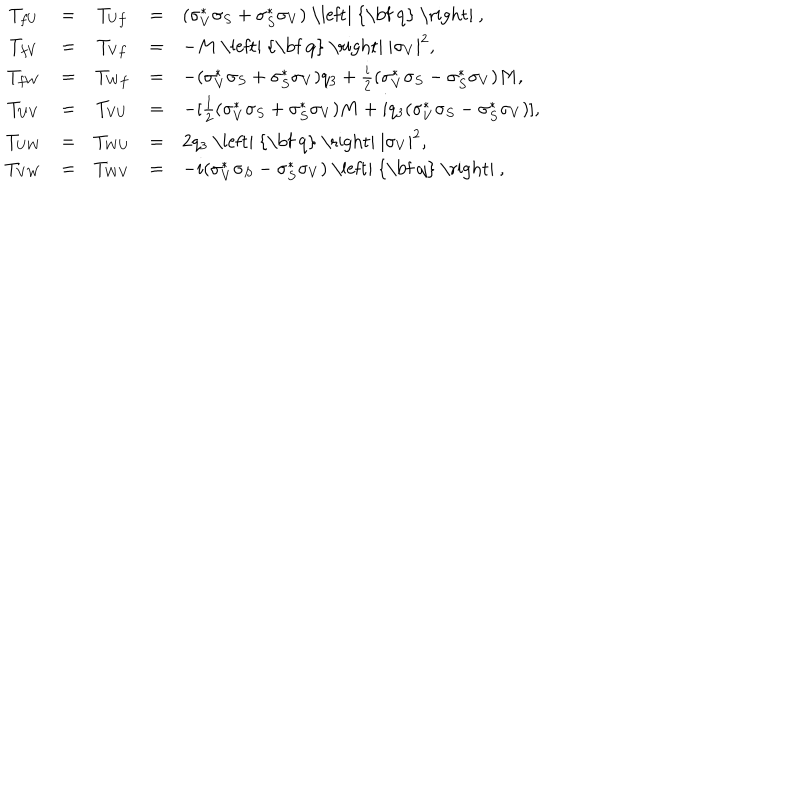
\begin{array} { c c c c l } { { T _ { f U } } } & { { = } } & { { T _ { U f } } } & { { = } } & { { ( \sigma _ { V } ^ { \ast } \sigma _ { S } + \sigma _ { S } ^ { \ast } \sigma _ { V } ) \mathrm { ~ \left| ~ { \bf ~ q } ~ \right| ~ } , } } \\ { { T _ { f V } } } & { { = } } & { { T _ { V f } } } & { { = } } & { { - M \mathrm { ~ \left| ~ { \bf ~ q } ~ \right| ~ } | \sigma _ { V } | ^ { 2 } , \nonumber } } \\ { { T _ { f W } } } & { { = } } & { { T _ { W f } } } & { { = } } & { { - ( \sigma _ { V } ^ { \ast } \sigma _ { S } + \sigma _ { S } ^ { \ast } \sigma _ { V } ) q _ { 3 } + \frac { i } { 2 } ( \sigma _ { V } ^ { \ast } \sigma _ { S } - \sigma _ { S } ^ { \ast } \sigma _ { V } ) M , } } \\ { { T _ { U V } } } & { { = } } & { { T _ { V U } } } & { { = } } & { { - [ \frac { 1 } { 2 } ( \sigma _ { V } ^ { \ast } \sigma _ { S } + \sigma _ { S } ^ { \ast } \sigma _ { V } ) M + i q _ { 3 } ( \sigma _ { V } ^ { \ast } \sigma _ { S } - \sigma _ { S } ^ { \ast } \sigma _ { V } ) ] , } } \\ { { T _ { U W } } } & { { = } } & { { T _ { W U } } } & { { = } } & { { 2 q _ { 3 } \mathrm { ~ \left| ~ { \bf ~ q } ~ \right| ~ } | \sigma _ { V } | ^ { 2 } , } } \\ { { T _ { V W } } } & { { = } } & { { T _ { W V } } } & { { = } } & { { - i ( \sigma _ { V } ^ { \ast } \sigma _ { S } - \sigma _ { S } ^ { \ast } \sigma _ { V } ) \mathrm { ~ \left| ~ { \bf ~ q } ~ \right| ~ } , } } \\ \end{array}